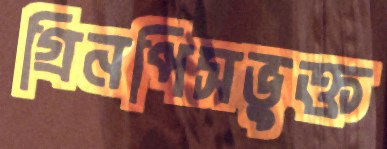
গ্রিনপিসভুক্ত